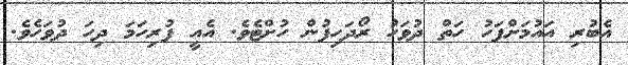
އެބުރި އައުމަށްފަހު ހަތް ދުވަހު ރޯދަހިފުން ހުށްޓެވެ. އެއީ ފުރިހަމަ ދިހަ ދުވަހެވެ.